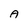
Character: A